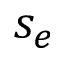
s _ { e }